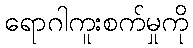
ရောဂါကူးစက်မှုကို